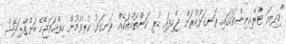
"މިދިޔަ ޓްރެއިނިންތަކުގައި ރަނގަޅުކުރަން ޖެހިފައި ހުރި ކަންތައްތަކެއް ރަނގަޅު ކުރެވުމުން ހިތްހަމަޖެހޭ ބަންގްލަދޭޝް